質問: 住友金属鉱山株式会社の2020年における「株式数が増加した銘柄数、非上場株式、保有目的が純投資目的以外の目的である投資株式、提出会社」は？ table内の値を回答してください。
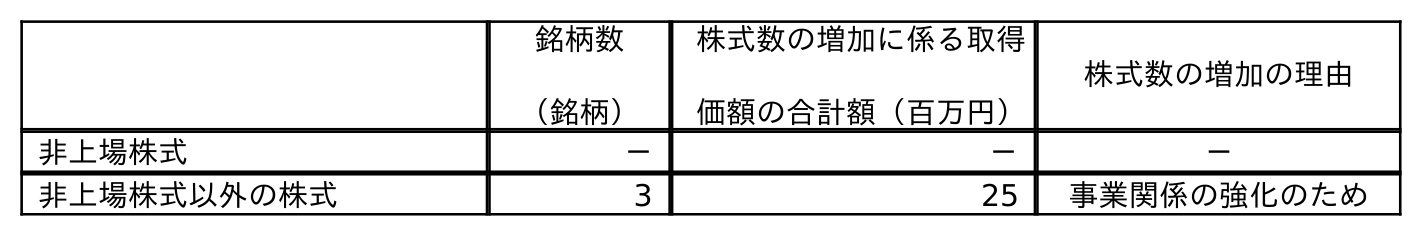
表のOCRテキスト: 銘柄数 （銘柄） 株式数の増加に係る取得 価額の合計額（百万円） 株式数の増加の理由 非上場株式 － － － 非上場株式以外の株式 3 25 事業関係の強化のため
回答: －